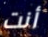
أنت